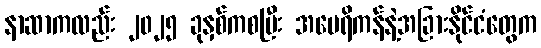
နာဆာကလည်း ၂၀၂၅ ခုနှစ်ကစပြီး အမေရိကန်နဲ့အခြားနိုင်ငံတွေက